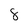
Character: 8